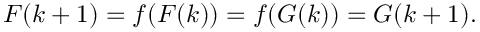
F ( k + 1 ) = f ( F ( k ) ) = f ( G ( k ) ) = G ( k + 1 ) .